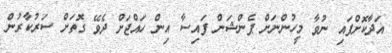
އަދާކޮށްފައި ނުވާ މީހުންނަށް ޕެންޝަން ފައިސާ އިން ހައްޖަށް ދެވޭ ގޮތަށް ސަރުކާރުން